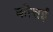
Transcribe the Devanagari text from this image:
कोत्तई